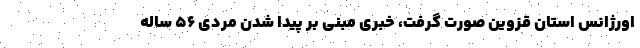
اورژانس استان قزوین صورت گرفت، خبری مبنی بر پیدا شدن مردی ۵۶ ساله